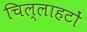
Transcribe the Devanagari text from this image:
चिल्लाहटों